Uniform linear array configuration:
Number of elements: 12
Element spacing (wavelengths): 1
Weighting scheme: cosine
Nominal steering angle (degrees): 15
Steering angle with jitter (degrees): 13.348
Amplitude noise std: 0.05
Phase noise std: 0.05

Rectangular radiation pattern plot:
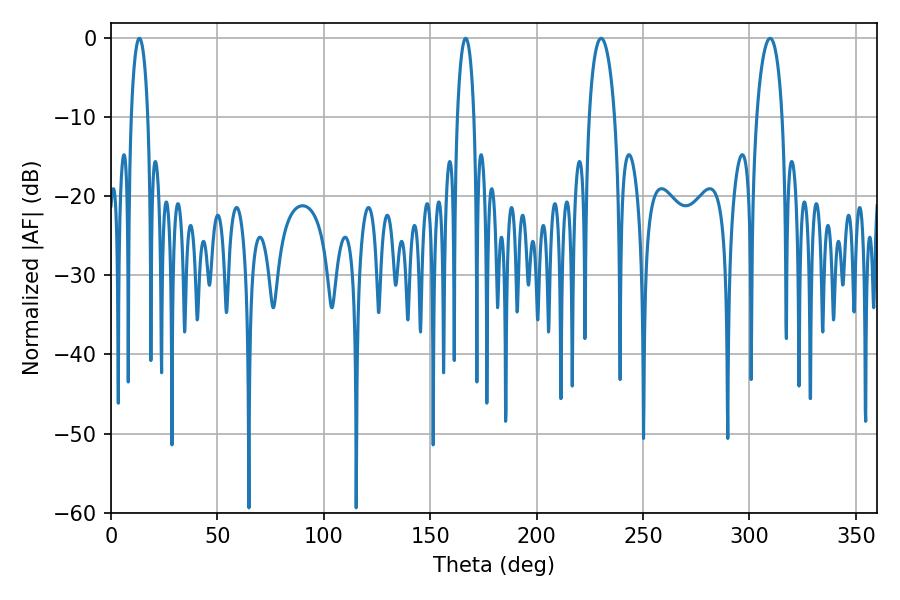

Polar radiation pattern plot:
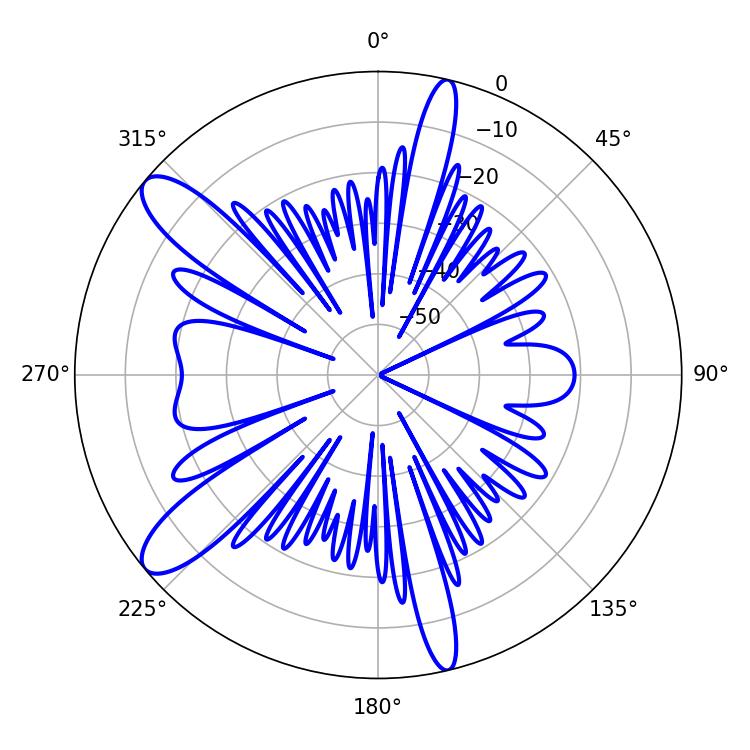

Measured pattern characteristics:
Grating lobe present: TRUE
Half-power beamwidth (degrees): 4.32
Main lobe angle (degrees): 13.32